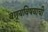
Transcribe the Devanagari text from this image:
वण्र्यविषयाची